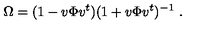
\Omega = ( 1 - v \Phi v ^ { t } ) ( 1 + v \Phi v ^ { t } ) ^ { - 1 } \ .